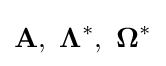
\mathbf {A} ,\ \mathbf {\Lambda } ^{*},\ \mathbf {\Omega } ^{*}